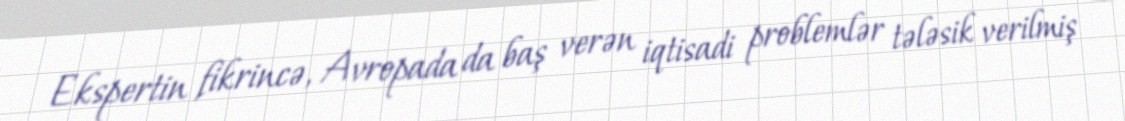
Ekspertin fikrincə, Avropada da baş verən iqtisadi problemlər tələsik verilmiş